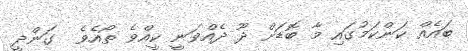
ބައެއް ކަންކަމުގައި މާ ބޮޑަށް ދޫ ދެއްވަނީ ކީއްވެ ތޯއެވެ  ގަންދީ